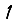
Digit: 1